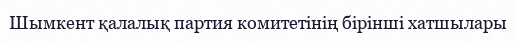
Шымкент қалалық партия комитетінің бірінші хатшылары